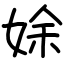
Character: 𡝐